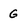
Character: g